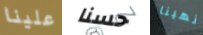
علينا حسنا انهينا